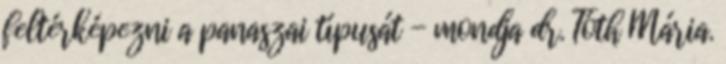
feltérképezni a panaszai típusát - mondja dr. Tóth Mária.